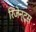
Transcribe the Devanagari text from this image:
रिजेन्ट्स